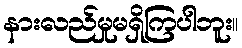
နားလည်မှုမရှိကြပါဘူး။